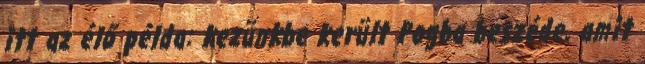
itt az élő példa: kezünkbe került Pogba beszéde, amit